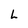
Character: L